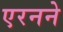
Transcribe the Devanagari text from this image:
एरनने